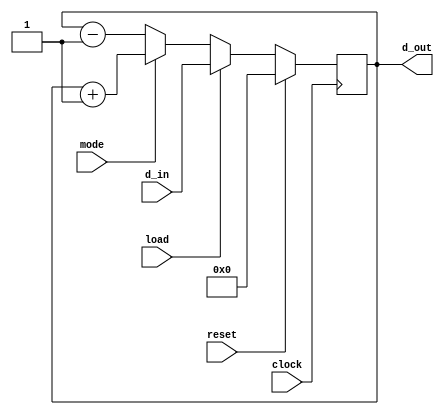
module up_down_counter(d_out,d_in,reset,load,clock,mode);
    output reg [3:0]d_out=0;
    input [3:0]d_in;
    input reset,load,clock,mode;

    always @(posedge clock) 
    begin
      if(reset==1)
        d_out<=4'b0000;
      else if(load==1)
        d_out<=d_in;
      else if(mode==1)
        d_out<=d_out + 1'b1;
      else
        d_out<=d_out - 1'b1;
    end
endmodule